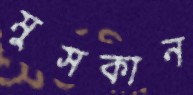
মুসকান